Annual report on the lock hospitals of the Madras Presidency
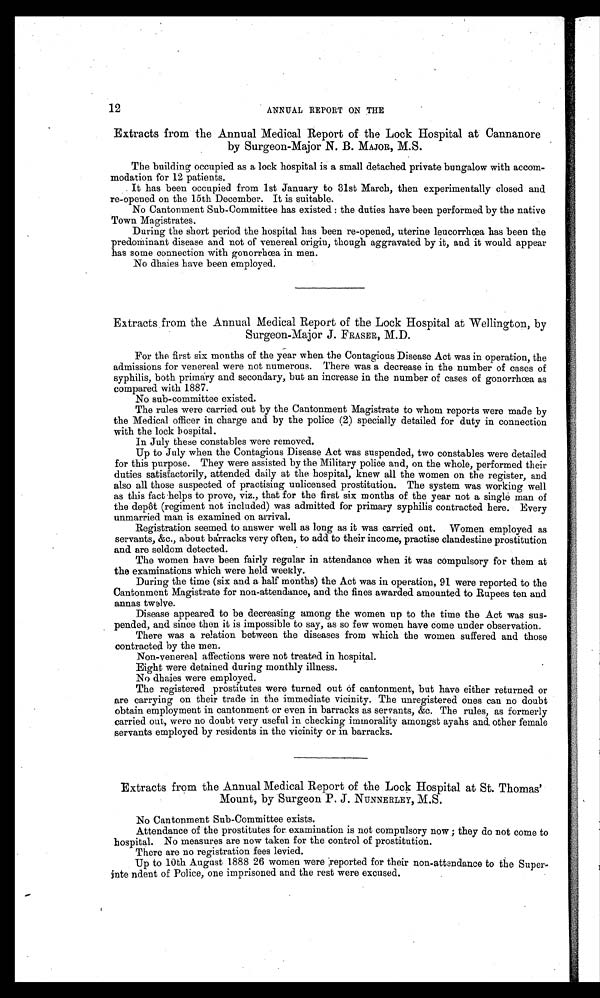
12
ANNUAL REPORT ON THE
Extracts from the Annual Medical Report of the Lock Hospital at Cannanore
by Surgeon-Major N. B. MAJOR, M.S.
The building occupied as a lock hospital is a small detached private bungalow with accom-
modation for 12 patients.
It has been occupied from 1st January to 31st March, then experimentally closed and
re-opened on the 15th December. It is suitable.
No Cantonment Sub-Committee has existed: the duties have been performed by the native
Town Magistrates.
During the short period the hospital has been re-opened, uterine leucorrhœa has been the
predominant disease and not of venereal origin, though aggravated by it, and it would appear
has some connection with ,gonorrhœa in men.
No dhaies have been employed.
Extracts from the Annual Medical Report of the Lock Hospital at Wellington, by
Surgeon-Major J. FRASER, M.D.
For the first six months of the year when the Contagious Disease Act was in operation, the
admissions for venereal were not numerous. There was a decrease in the number of cases of
syphilis, both primary and secondary, but an increase in the number of cases of gonorrhœa as
compared with 1887.
No sub-committee existed.
The rules were carried out by the Cantonment Magistrate to whom reports were made by
the Medical officer in charge and by the police (2) specially detailed for duty in connection
with the lock hospital.
In July these constables were removed.
Up to July when the Contagious Disease Act was suspended, two constables were detailed
for this purpose. They were assisted by the Military police and, on the whole, performed their
duties satisfactorily, attended daily at the hospital, knew all the women on the register, and
also all those suspected of practising unlicensed prostitution. The system was working well
as this fact helps to prove, viz. that for the first six months of the year not a single man of
t h e d e p ô o t ( r e g i m e n t n o t i n c l u d e d ) w a s a d m i t t e d f o r p r i m a r y s y p h i l i s c o n t r a c t e d h e r e . E v e r y
unmarried man is examined on arrival.
Registration seemed to answer well as long as it was carried out. Women employed as
s e r v a n t s , a m p ; c . , a b o u t b a r r a c k s v e r y o f t e n , t o a d d t o t h e i r i n c o m e , p r a c t i s e c l a n d e s t i n e p r o s t i t u t i o n
and are seldom detected.
The women have been fairly regular in attendance when it was compulsory for them at
the examinations which were held weekly.
During the time (six and a half months) the Act was in operation, 91 were reported to the
Cantonment Magistrate for non-attendance, and the fines awarded amounted to Rupees ten and
annas twelve.
Disease appeared to be decreasing among the women up to the time the Act was sus-
pended, and since then it is impossible to say, as so few women have come under observation.
There was a relation between the diseases from which the women suffered and those
contracted by the men.
Non-venereal affections were not treated in hospital.
Eight were detained during monthly illness.
N o d h a i e s w e r e e m p l o y e d .
The registered prostitutes were turned out of cantonment, but have either returned or
are carrying on their trade in the immediate vicinity. The unregistered ones can no doubt
obtain employment in cantonment or even in barracks as servants, amp;c. The rules, as formerly
carried out, were no doubt very useful in checking immorality amongst ayahs and, other female
servants employed by residents in the vicinity or in barracks.
Extracts from the Annual Medical Report of the Lock Hospital at St. Thomas'
Mount, by Surgeon P. J. NUNNERLEY, M.S.
No Cantonment Sub-Committee exists.
Attendance of the prostitutes for examination is not compulsory now; they do not come to
hospital. No measures are now taken for the control of prostitution.
There are no registration fees levied.
Up to 10th August 1888 26 women were reported for their non-attendance to the Super
-inte ndent of Police, one imprisoned and the rest were excused.